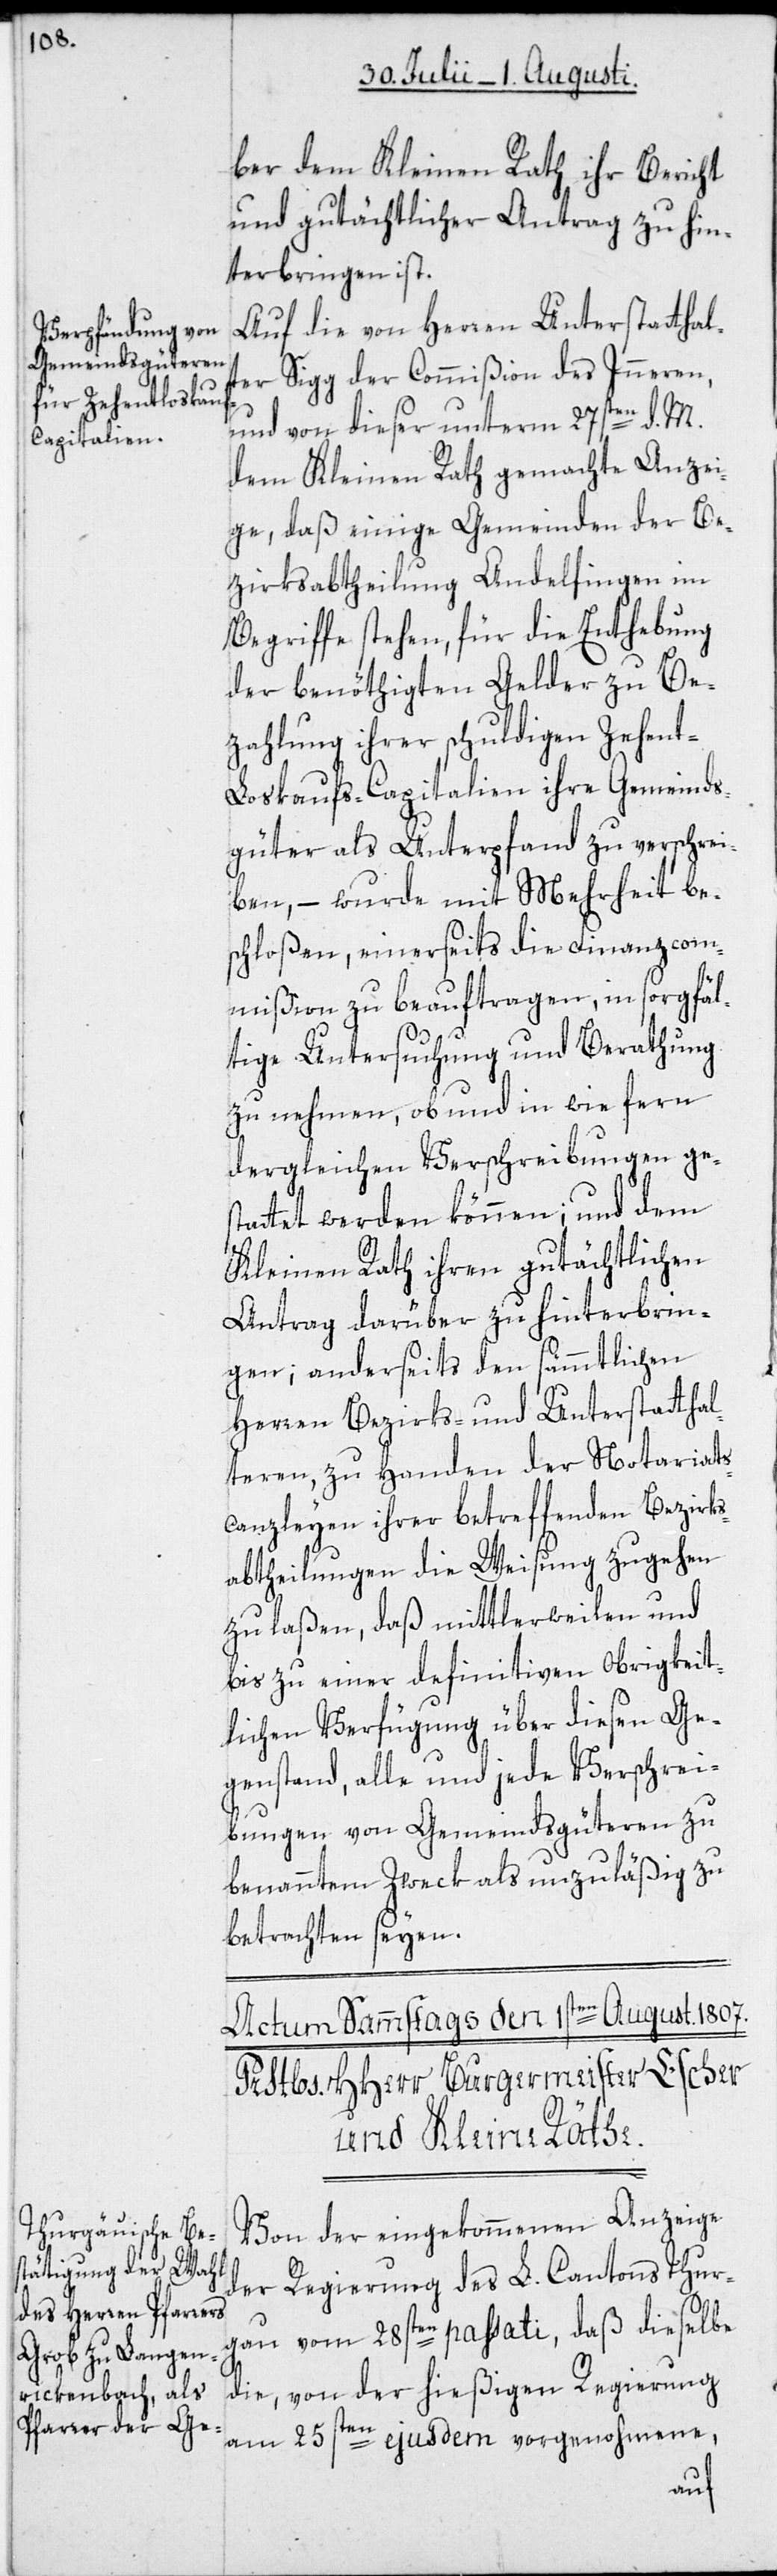
ber dem Kleinen Rath ihr Bericht
und gutächtlicher Antrag zu hin¬
terbringen ist.
Auf die von Herren Unterstatthal¬
ter Sigg der Commißion des Inneren,
und von dieser unterm 27sten d. M.
dem Kleinen Rath gemachte Anzei¬
ge, daß einige Gemeinden der Be¬
zirksabtheilung Andelfingen im
Begriffe stehen, für die Enthebung
der benöthigten Gelder zu Be¬
zahlung ihrer schuldigen Zehen¬
t-Loskaufs-Capitalien ihre Gemeinds¬
güter als Unterpfand zu verschrei¬
ben, – wurde mit Mehrheit be¬
schloßen, einerseits die Finanzcom¬
mißion zu beauftragen, in sorgfäl¬
tige Untersuchung und Berathung
zu nehmen, ob und in wie fern
dergleichen Verschreibungen ges¬
tattet werden können; und dem
Kleinen Rath ihren gutächtlichen
Antrag darüber zu hinterbrin¬
gen; anderseits den sämmtlichen
Herren Bezirks- und Unterstatthal¬
teren, zu Handen der Notariats¬
canzleyen ihrer betreffenden Bezirks¬
abtheilungen die Weisung zugehen
zu laßen, daß mittlerweilen und
bis zu einer definitiven Obrigkeit¬
lichen Verfügung über diesen Ge¬
genstand, alle und jede Verschrei¬
bungen von Gemeindsgüteren zu
benanntem Zweck als unzuläßig zu
betrachten seyen.
Von der eingekommenen Anzeige
der Regierung des L. Cantons Thur¬
gau vom 28sten passati, daß dieselbe
die, von der hießigen Regierung
am 25sten ejusdem vorgenohmene,